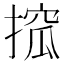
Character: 搲